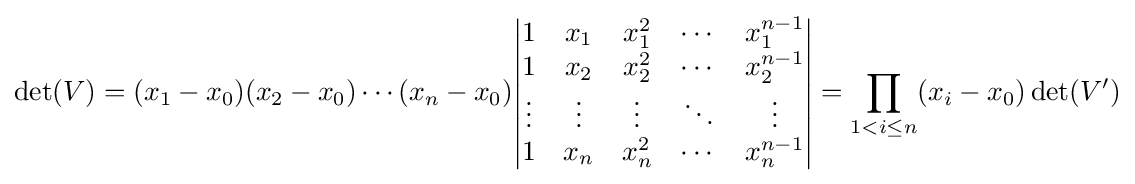
\det(V)=(x_{1}-x_{0})(x_{2}-x_{0})\cdots (x_{n}-x_{0}){\begin{vmatrix}1&x_{1}&x_{1}^{2}&\cdots &x_{1}^{n-1}\\1&x_{2}&x_{2}^{2}&\cdots &x_{2}^{n-1}\\\vdots &\vdots &\vdots &\ddots &\vdots \\1&x_{n}&x_{n}^{2}&\cdots &x_{n}^{n-1}\\\end{vmatrix}}=\prod _{1<i\leq n}(x_{i}-x_{0})\det(V')